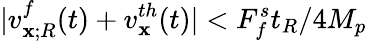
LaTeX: |v_{\mathbf{x};R}^{f}(t)+v_{\mathbf{x}}^{th}(t)|<F_{f}^{s}t_{R}/4M_{p}